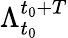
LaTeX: \Lambda_{t_{0}}^{t_{0}+T}